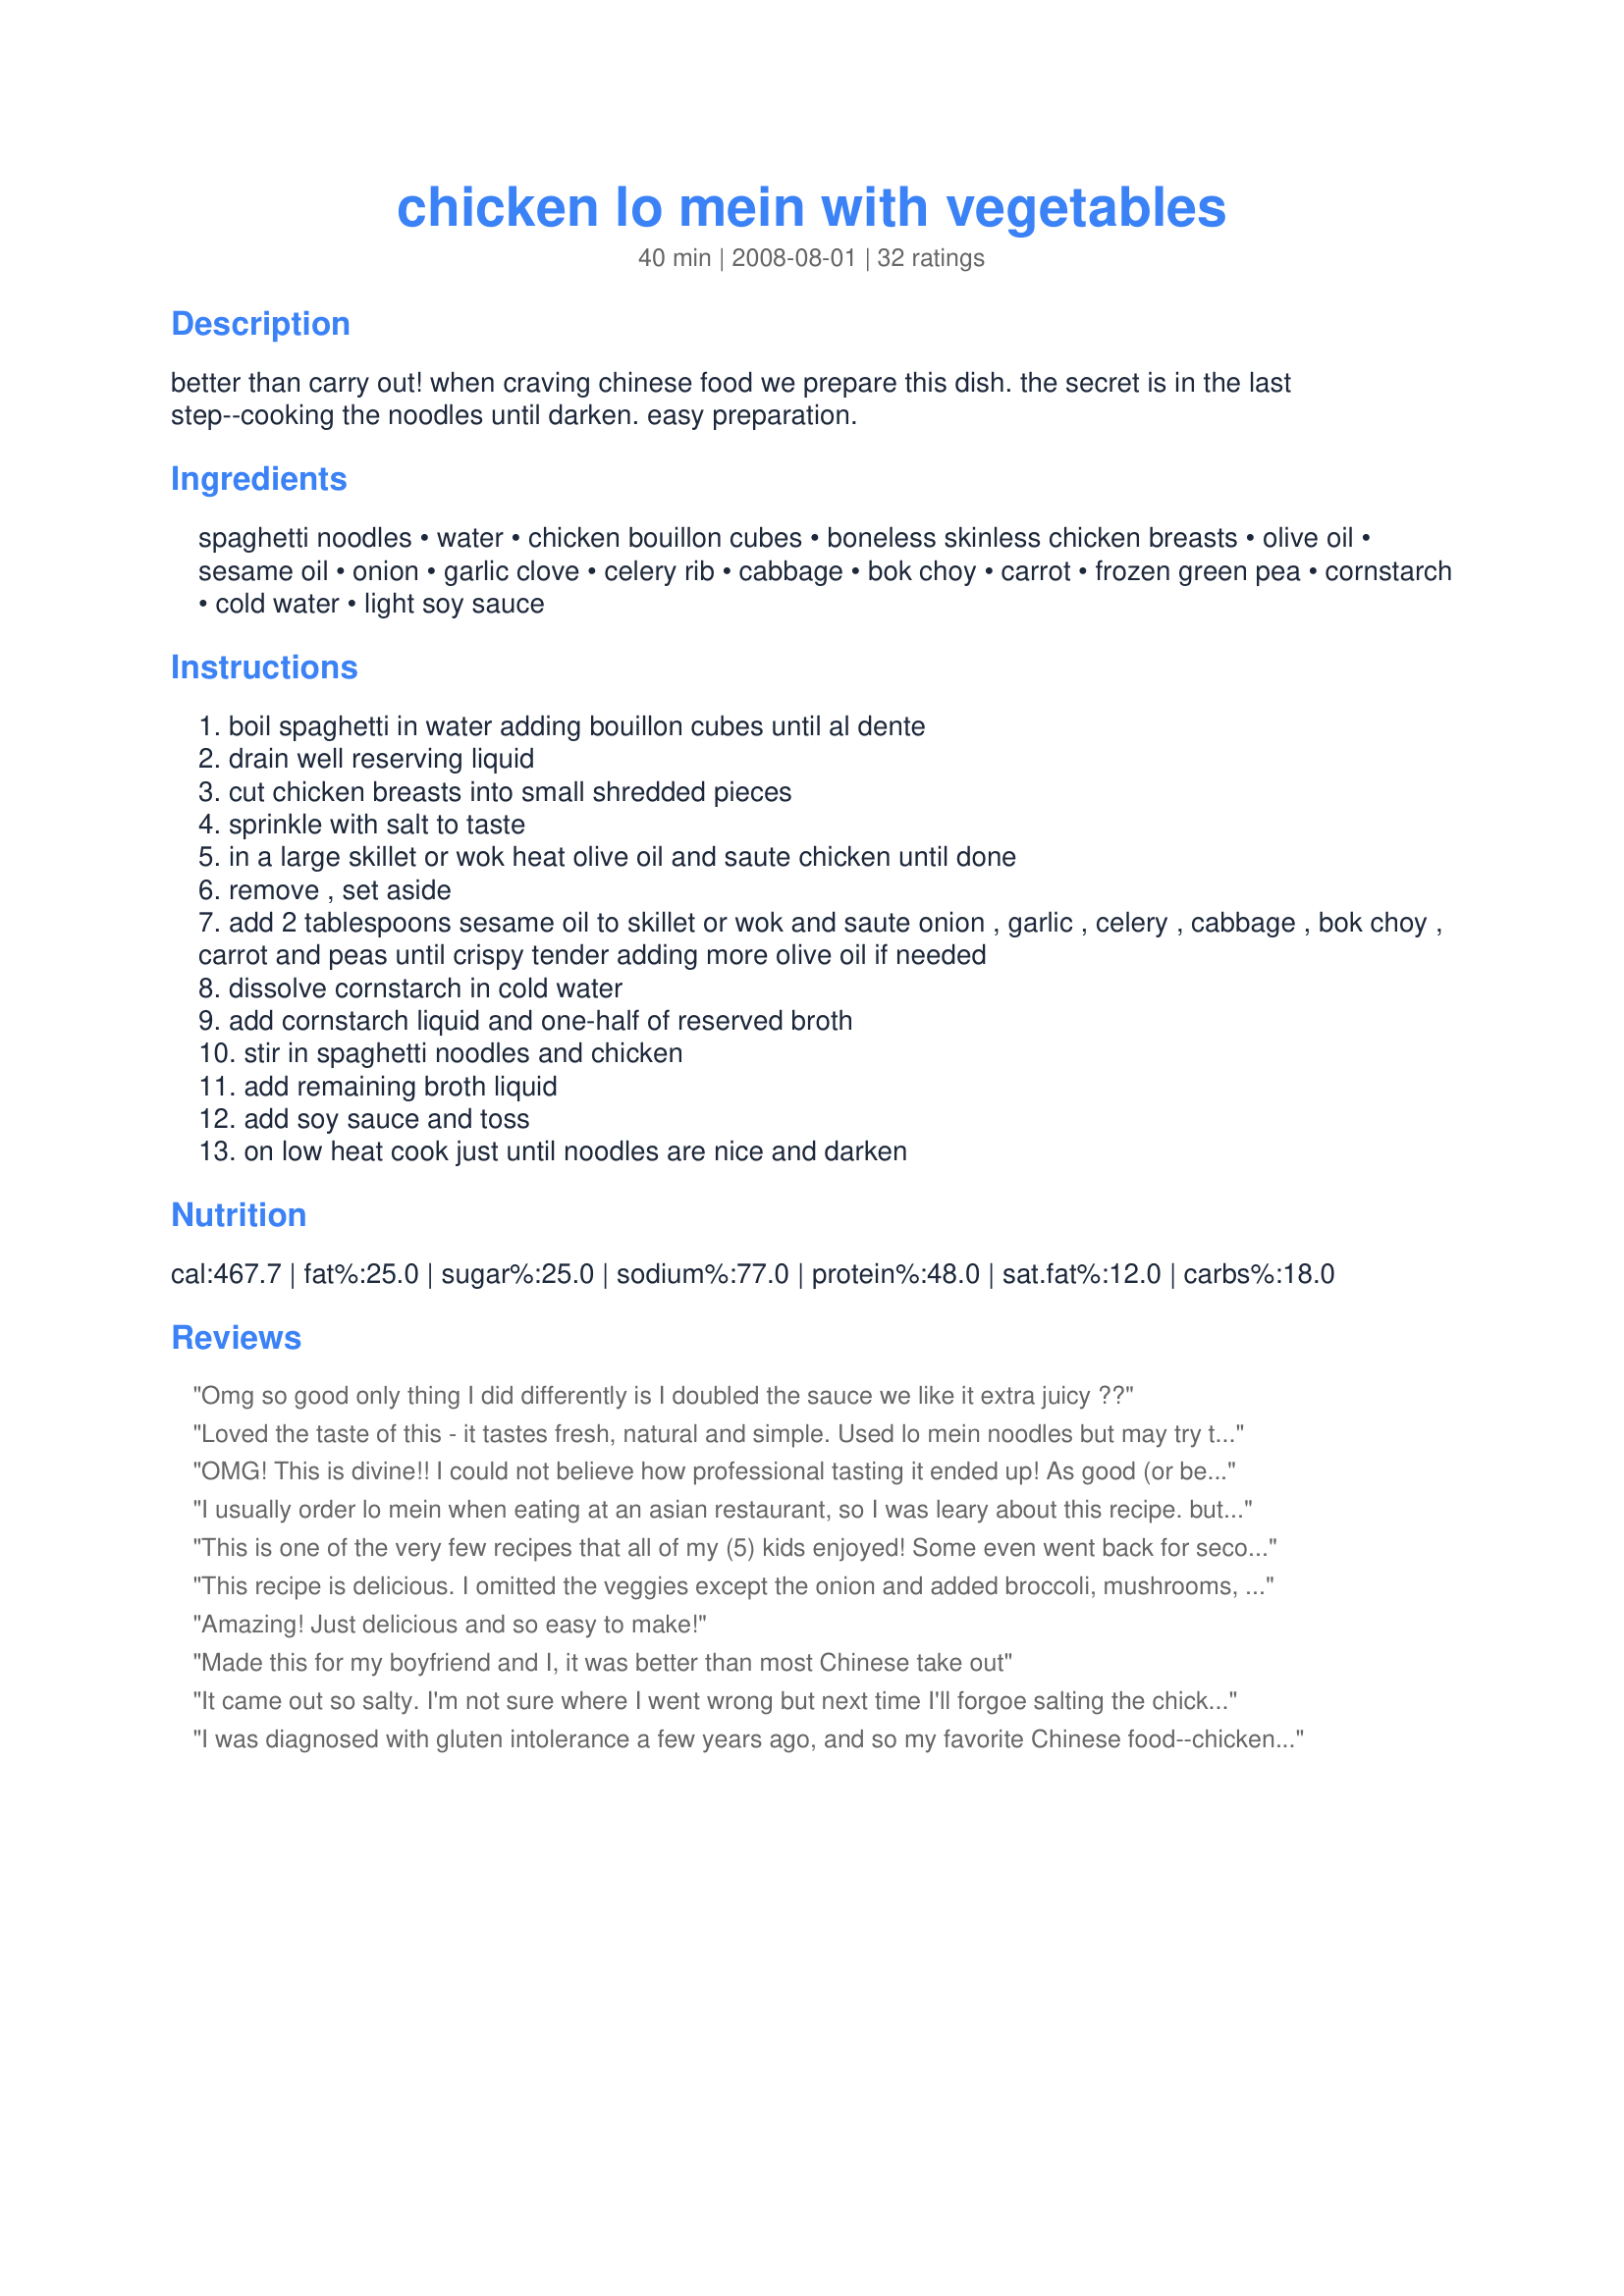
chicken lo mein with vegetables
Preparation time: 40 minutes

better than carry out! when craving chinese food we prepare this dish. the secret is in the last step--cooking the noodles until darken. easy preparation.

Ingredients:
spaghetti noodles, water, chicken bouillon cubes, boneless skinless chicken breasts, olive oil, sesame oil, onion, garlic clove, celery rib, cabbage, bok choy, carrot, frozen green pea, cornstarch, cold water, light soy sauce

Steps:
boil spaghetti in water adding bouillon cubes until al dente
drain well reserving liquid
cut chicken breasts into small shredded pieces
sprinkle with salt to taste
in a large skillet or wok heat olive oil and saute chicken until done
remove , set aside
add 2 tablespoons sesame oil to skillet or wok and saute onion , garlic , celery , cabbage , bok choy , carrot and peas until crispy tender adding more olive oil if needed
dissolve cornstarch in cold water
add cornstarch liquid and one-half of reserved broth
stir in spaghetti noodles and chicken
add remaining broth liquid
add soy sauce and toss
on low heat cook just until noodles are nice and darken

Reviews:
Omg so good only thing I did differently is I doubled the sauce we like it extra juicy ??
Loved the taste of this - it tastes fresh, natural and simple. Used lo mein noodles but may try the spaghetti next time - the lo mein noodles came cooked and were nearing mush by the time it was time to darken the noodles. Might leave out the peas next time - didn&#039;t think they added that much. The chicken came out really tender and juicy - what a great dish!
OMG! This is divine!! I could not believe how professional tasting it ended up! As good (or better) than many restaurant lo mein dishes I've had. I used purchased chicken broth because I never have cubes and green peas & carrots, otherwise followed recipe exactly. I even bought the bok choy! The only daunting task was getting the pasta squished into the 3 cups of broth, but I just kept pushing it and working it down. Seasoned Cook, thanks for the great recipe!
I usually order lo mein when eating at an asian restaurant, so I was leary about this recipe. but this gets the YUM award at my house. Made this last night with left-over chicken. The veggies I used were: red pepper, bok choy (I cut up the stalk like celery and chopped up the green leaves), onion, slaw mix and extra carrot, topped with lots of green onion. I also used peanut instead of olive oil. I could not get the noodles to brown, but the taste was awesome nonetheless! My husband and teenagers gobbled it up, even my Picky One ate it. This recipe is delicious, inexpensive, simple (except for the chopping) and uses everyday ingredients, so it gets 5-stars from us. Thanks for posting -- it&#039;s a keeper!
This is one of the very few recipes that all of my (5) kids enjoyed! Some even went back for seconds, which is unheard of! Thanks for sharing!
This recipe is delicious. I omitted the veggies except the onion and added broccoli, mushrooms, and bean sprouts. I used just regular spaghetti noodle increasing the water 2 cups. I made a double batch. Yum!
Amazing! Just delicious and so easy to make!
Made this for my boyfriend and I, it was better than most Chinese take out
It came out so salty. I'm not sure where I went wrong but next time I'll forgoe salting the chicken I'm the wok and trim back on the soy sauce. It honestly tasted like I knocked the salt off the table and it fell directly onto my plate.
I was diagnosed with gluten intolerance a few years ago, and so my favorite Chinese food--chicken lo mein--has been off-limits since then. I searched this recipe up hoping to change that, and I&#039;m so glad it exists because this is amazing. I substituted gluten-free spaghetti (Mueller&#039;s corn and rice; it has a similar consistency to regular spaghetti and so cooks up best in my experience) and used a bag of snow peas as my vegetable, and one can of chicken broth instead of the bouillon cubes. I also used half the asked for soy sauce because I only had regular instead of light and didn&#039;t want it to be too salty. It turned out perfect and I&#039;m so thankful to the recipe posted for putting this up! Now I can enjoy my favorite chinese food again. :)
Soooo good!!!! I made some changes due to some shortages in the kitchen: forgot to get cabbage (but did not miss it at all); used real Lo mein noodles, instead of spaghetti, to be more authentic (SO DELICIOUS); and I used frozen, breaded chicken because my BF baked all our fresh pieces before I could get to them (but this was also a tasty substitution). I&#039;ll definitely be making this again, and I think I&#039;ll make the same alterations next time :)
This was really good and my picky kids loved it. I omitted most of the veges just to see if the kids would eat it. I used regular soy sauce so it was a bit salty but that was my fault. I am going to make it again with the correct soy sauce and much more veges. It was even better 15 minutes later after it sat turned off in the pan.
Oops...I made this for the Asian Forum's Noodle Tag quite awhile ago. Everybody loved this. Turns out my mom is a big fan of bok choy! Who knew?? I did use 3c chicken broth vs. water & bouillon. Nice, easy & fast once all the chopping is done, lol. Thanks for a great supper!!
Wonderfull Thank you very much for posting will save me from Buying take-out
I have made this several times and it is better than take out and easy to make! My son asked me to make this again tonight and that reminded me to write a review. lol This is definitely a keeper!
AMAZING!!!! This recipe beats any take out lo mein. I couldn't believe how easy it was and the taste.....YUMMO!!! I bragged to all my family I found the best ever lo mein recipe. Making it again tonight!!! Thank you so much for sharing!!!!
I&#039;ve made this many times, it&#039;s so good! I always add ginger though, and use vermicelli noodles sometimes. Also, if using vermicelli noodles, skip the &quot;darkening&quot; step. I also like mine with a teaspoon of sugar.
Delicious! I used sliced mushrooms, broccoli florets, onion, and a bag of Asian salad veggies. Quick and easy...the only chopping I did was the onion.
This was excellent!! The sesame oil is a must for the flavor. Go ahead and splurge! It made a large amount and with just my husband &amp; it was wonderful as a left over and was gone in with in 3 days! Will definitely make it again!
I have no experience with cooking other than scrambling eggs or making toast. However, I really wanted to try this one because I love Chinese food. I couldn&#039;t find bok choy and sesame oil in my area but in the end, it still turned out very tasty. I will be cooking this every time I crave Chinese food. It&#039;s just so easy and tasty. Thank you.
So, I didn't have any cabbage or bok choy on hand but I did add some diced broccoli instead. I also used Fusilli pasta as it's curly and almost like Ramen noodles. Well, it was fantastic!! We will never order out again with this great recipe! Thanks!!
It turned out great! My fianc&eacute; couldn&#039;t stop eating!
I loathe looking at recipe reviews &amp; seeing people say &quot;I subed this for that&quot; and what not! Follow the recipe or DON'T review! I have made this many times over the last few years (AS WRITTEN) and it is fabulous! No subs, no nonsense. Stick to the way it's written, and you will have the best lo mein that you've ever tasted!
I accidentally used too many noodles, BUT I did go back and doubled it, it tasted really bad, it seems like it&#039;s missing a lot of flavor, definitely not the kind you would have at a Chinese food restaurant, which is what I was hoping for :(
Just like take out lo mein! I omitted the bok choy and cabbage because I didn&#039;t them on hand but I added broccoli, red pepper, and water chestnuts because I like them and it turned out really good! I also used 3 cups of chicken broth instead of the bouillon cubes. I broke my noodles in half before cooking them which made it much easier to fit in a small amount of liquid. Worth it! :)
I have tried many lo mien recipes to get the right restaurant flavor and no recipe compares to this one. I used a velveting technique on my chicken rather than plain pan frying it, and I think that texture really added to the authentic american-chinese food. I will make this recipe again and again.
Delicious! Very easy!!! &lt;br/&gt;Low Mein noodles are great! Authentic with them!
Delicious from start to finish. It is a keeper.
I been looking for how to make lo mine and easy way and I founded and I had egg noddles and Vegas all kids and this was my first time make this dise it&#039;s soooo good better then restaurant and my mother law loved it cause my mother law picky with Chinese food but when I made that she ate 2 plates Thank You much that great dinner love it
Recipe was easy and delicious!!
I made this tonight and it was so good. I used frozen vegetables and it turned out great. Better than any I have had from a restaurant!
LOVED!! put in a few tablespoons of soy sauce and hoisin sauce.yummy!
